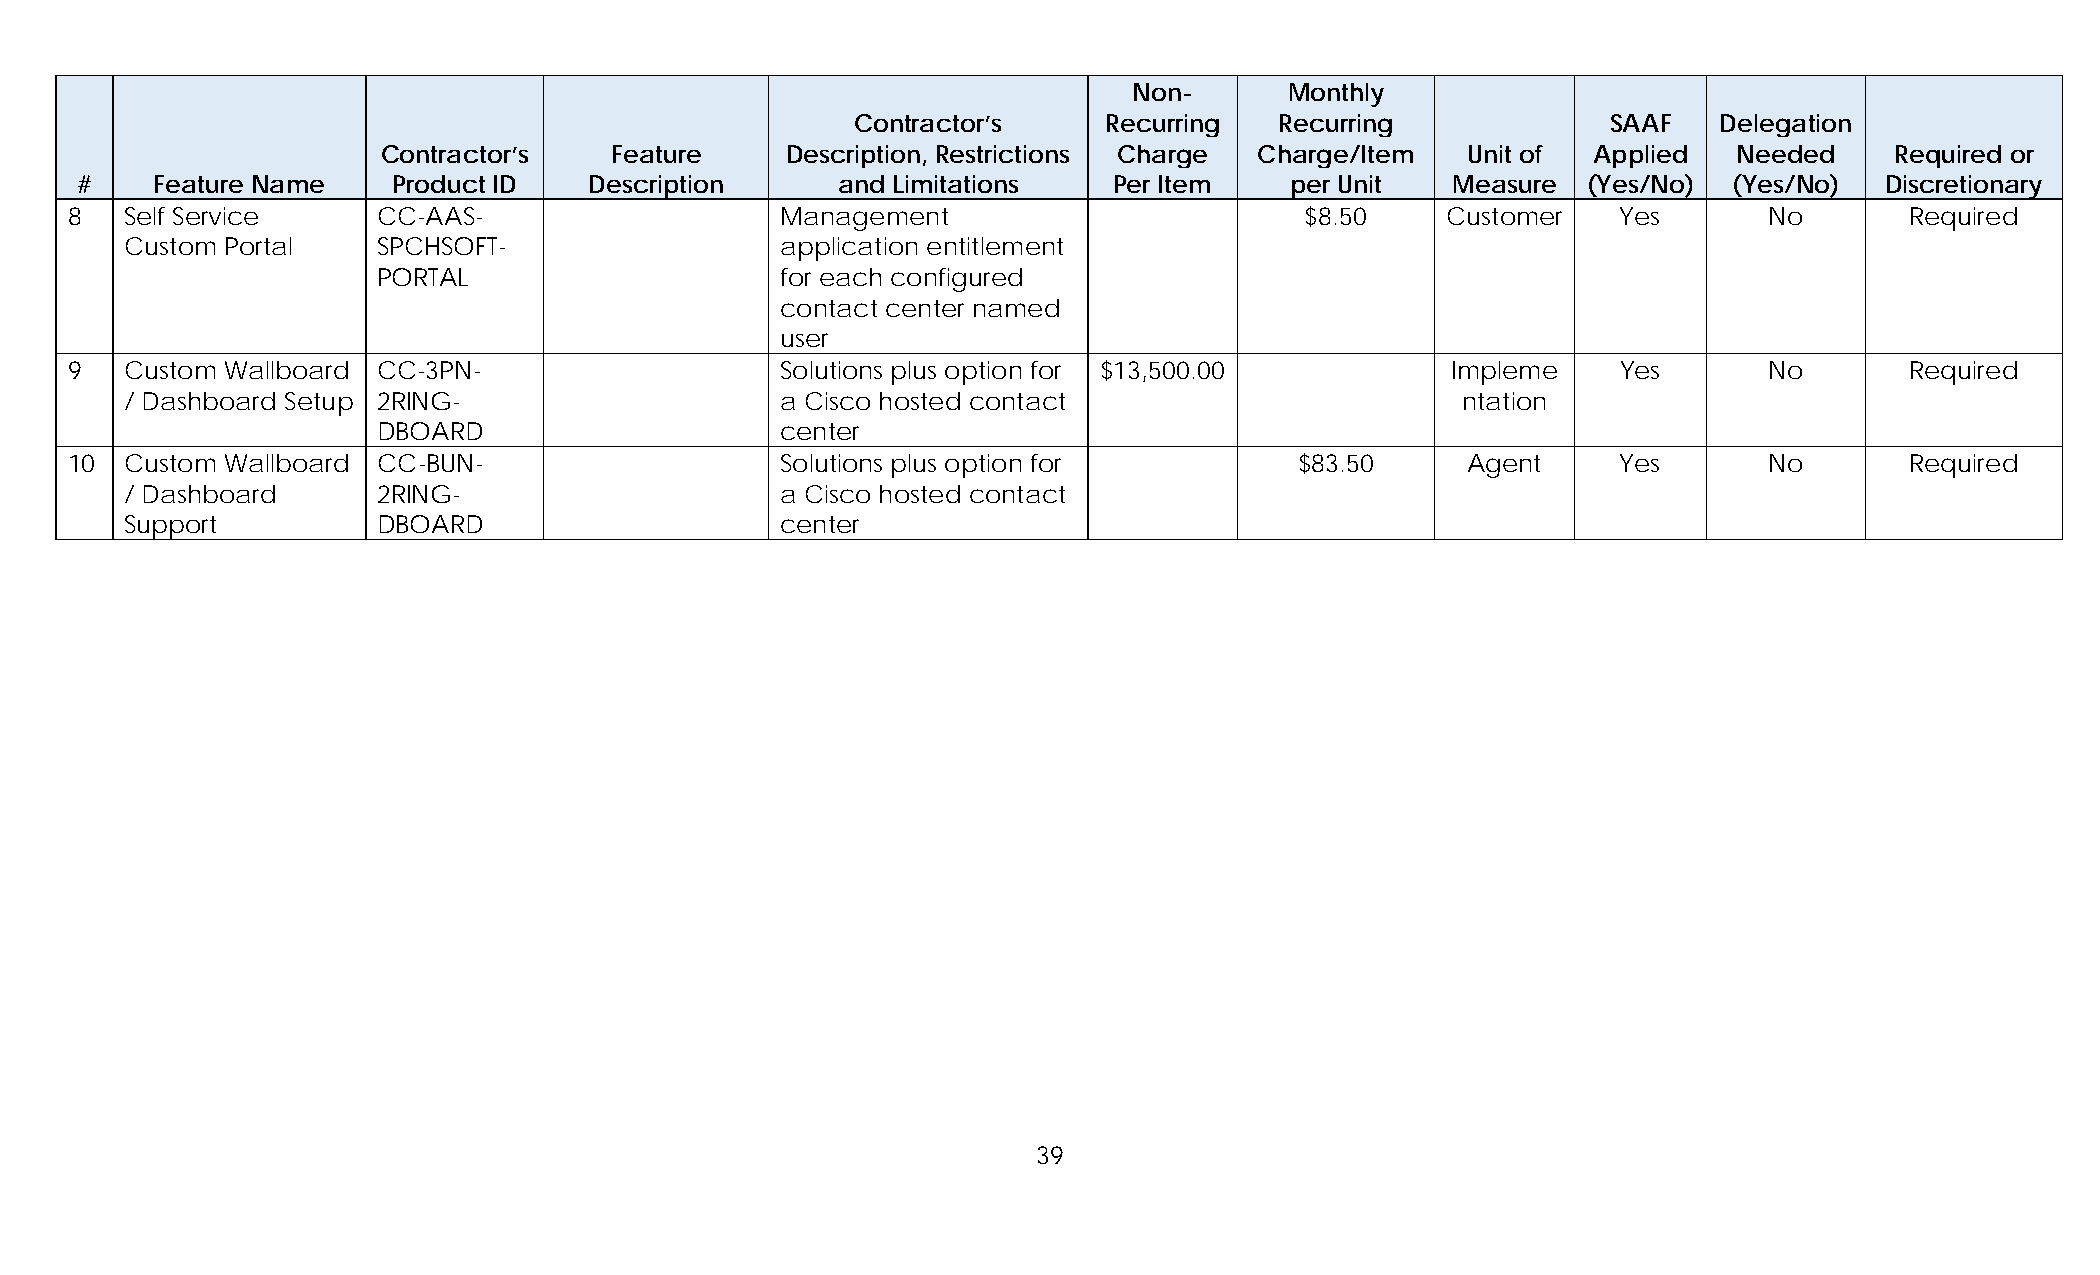
Non-      Monthly
 Contractor’s    Recurring   Recurring             SAAF   Delegation
 Contractor’s   Feature     Description, Restrictions Charge Charge/Item Unit of Applied   Needed    Required or
 #    Feature Name    Product ID   Description     and Limitations    Per Item   per Unit   Measure  (Yes/No)  (Yes/No)  Discretionary
 8   Self Service     CC-AAS-                    Management                        $8.50     Customer   Yes       No       Required
 Custom Portal    SPCHSOFT-                  application entitlement
 PORTAL                     for each configured
 contact center named
 user
 9   Custom Wallboard CC-3PN-                    Solutions plus option for $13,500.00        Impleme    Yes       No       Required
 / Dashboard Setup 2RING-                    a Cisco hosted contact                       ntation
 DBOARD                     center
 10  Custom Wallboard CC-BUN-                    Solutions plus option for         $83.50     Agent     Yes       No       Required
 / Dashboard      2RING-                     a Cisco hosted contact
 Support          DBOARD                     center
 39